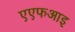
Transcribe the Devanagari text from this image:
एएफआइ